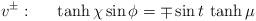
LaTeX: \begin{align*}v^\pm:~~~~\tanh \chi \sin\phi = \mp \sin t \, \tanh\mu \end{align*}